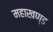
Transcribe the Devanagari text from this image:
महाखण्ड